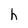
Character: h